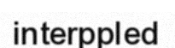
interppled